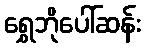
ရွှေဘိုပေါ်ဆန်း